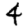
Digit: 4